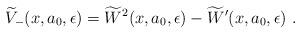
LaTeX: \begin{align*}\widetilde {V}_-(x,a_0,\epsilon) = \widetilde {W}^2(x,a_0,\epsilon)-\widetilde{W}'(x,a_0,\epsilon)~.\end{align*}